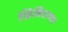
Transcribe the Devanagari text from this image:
शिबिराच्या